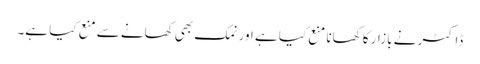
ڈاکٹر نے بازار کا کھانا منع کیا ہے اور نمک بھی کھانے سے منع کیا ہے۔